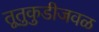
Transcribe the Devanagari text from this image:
तूतुकुडीजवळ